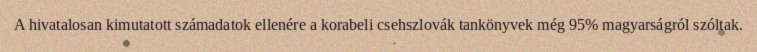
A hivatalosan kimutatott számadatok ellenére a korabeli csehszlovák tankönyvek még 95% magyarságról szóltak.